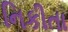
નિકીતા